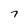
Character: 7